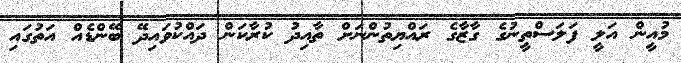
މުއީން އަލީ ފަލަސްތީނުގެ ގާޒާގެ ރައްޔިތުންނަށް ތާއިދު ކުރާކަން ދައްކުވައިދޭ ބޭންޑެއް އަތުގައި